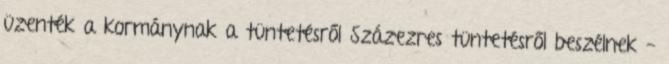
üzenték a kormánynak a tüntetésről Százezres tüntetésről beszélnek -